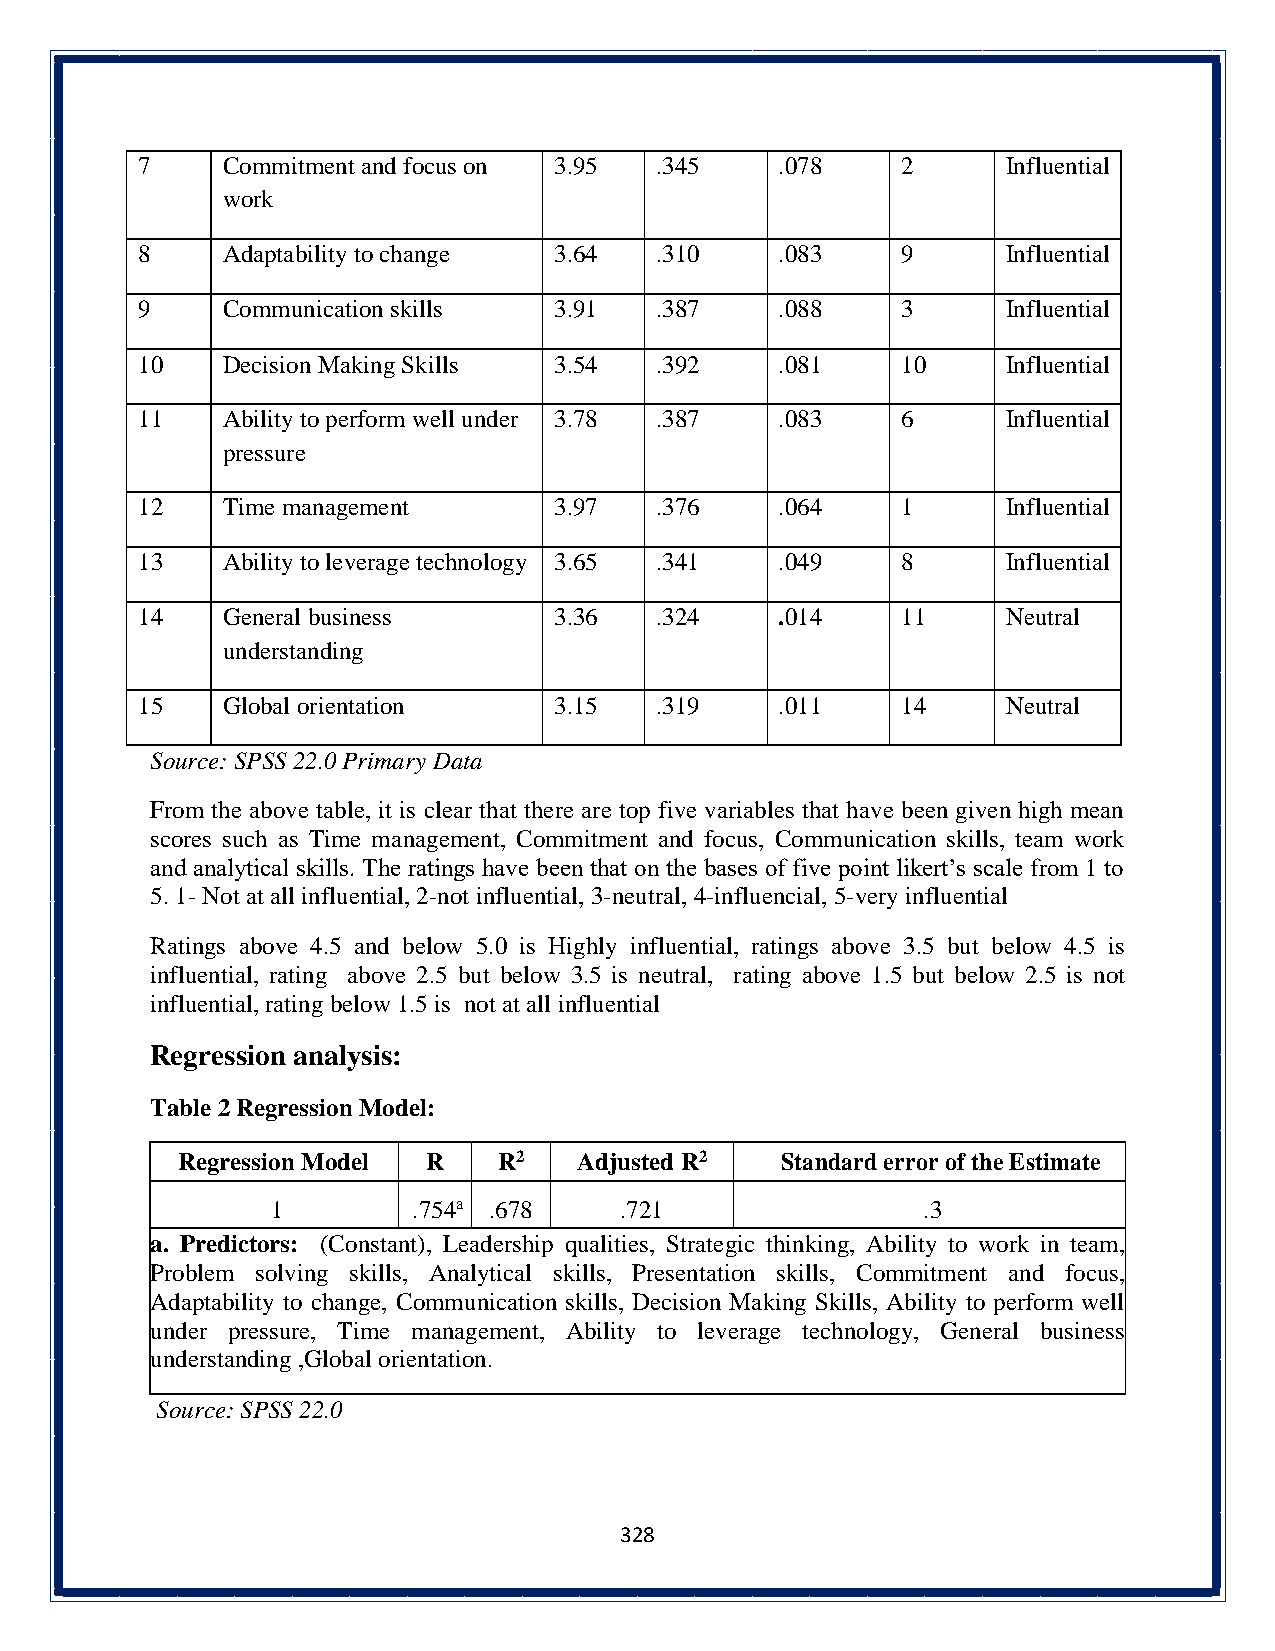
7     Commitment and focus on 3.95 .345    .078    2      Influential
 work
 8     Adaptability to change 3.64 .310     .083    9      Influential
 9     Communication skills  3.91  .387     .088    3      Influential
 10    Decision Making Skills 3.54 .392     .081    10     Influential
 11    Ability to perform well under 3.78 .387 .083 6      Influential
 pressure
 12    Time management       3.97  .376     .064    1      Influential
 13    Ability to leverage technology 3.65 .341 .049 8     Influential
 14    General business      3.36  .324     .014    11     Neutral
 understanding
 15    Global orientation    3.15  .319     .011    14     Neutral
 Source: SPSS 22.0 Primary Data
 From the above table, it is clear that there are top five variables that have been given high mean
 scores such as Time management, Commitment and focus, Communication skills, team work
 and analytical skills. The ratings have been that on the bases of five point likert’s scale from 1 to
 5. 1- Not at all influential, 2-not influential, 3-neutral, 4-influencial, 5-very influential
 Ratings above 4.5 and below 5.0 is Highly influential, ratings above 3.5 but below 4.5 is
 influential, rating above 2.5 but below 3.5 is neutral, rating above 1.5 but below 2.5 is not
 influential, rating below 1.5 is not at all influential
 Regression analysis:
 Table 2 Regression Model:
 Regression Model R   R2   Adjusted R2   Standard error of the Estimate
 1        .754a .678    .721                .3
 a. Predictors: (Constant), Leadership qualities, Strategic thinking, Ability to work in team,
 Problem solving skills, Analytical skills, Presentation skills, Commitment and focus,
 Adaptability to change, Communication skills, Decision Making Skills, Ability to perform well
 under pressure, Time management, Ability to leverage technology, General business
 understanding ,Global orientation.
 Source: SPSS 22.0
 328